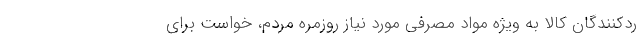
ردکنندگان کالا به ویژه مواد مصرفی مورد نیاز روزمره مردم، خواست برای